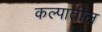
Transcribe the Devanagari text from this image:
कल्पातील